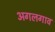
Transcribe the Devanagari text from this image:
अगलगाव